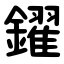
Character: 鑃